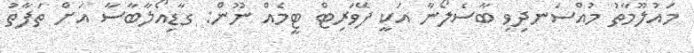
މައުލޫމާތު މުއްސަނދިވި ބާސެލޯނާ އަކީ ފޭވަރިޓް ޓީމެއް ނޫން: ގާޑިއޯލާބާސާ އަށް ތަފާތު